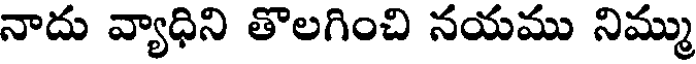
నాదు వ్యాధిని తొలగించి నయము నిమ్ము